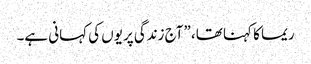
ریما کا کہنا تھا، ”آج زندگی پریوں کی کہانی ہے۔